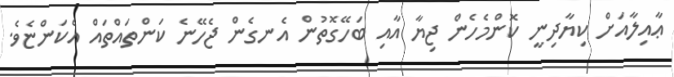
ޢާއިލާއަށް ކިޔާދިނީ ކޮންމެހެން ޖިޔާ އާއި ބަހޭގޮތުން އެނގެން ޖެހޭނެ ކަންތައްތައް އެކަންޏެވެ.